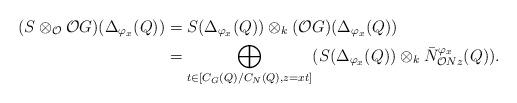
LaTeX: \begin{align*}(S\otimes_{\mathcal{O}}\mathcal{O}G)(\Delta_{\varphi_x}(Q))&=S(\Delta_{\varphi_x}(Q))\otimes_k (\mathcal{O}G)(\Delta_{\varphi_x}(Q))\\&=\bigoplus_{t\in [C_G(Q)/C_N(Q), z=xt]}(S(\Delta_{\varphi_x}(Q))\otimes_k \bar{N}_{\mathcal{O}Nz}^{\varphi_x}(Q)).\end{align*}